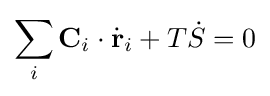
\sum _{i}\mathbf {C} _{i}\cdot {\dot {\mathbf {r} }}_{i}+T{\dot {S}}=0